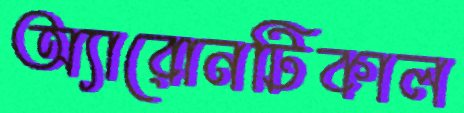
অ্যারোনটিকাল